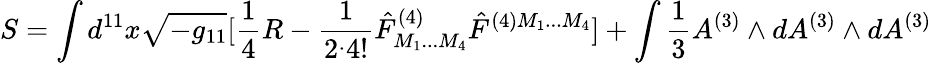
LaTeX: S=\int d^{11}x\sqrt{-g_{11}}[{\frac{1}{4}}R-{\frac{1}{2^{.}4!}}\hat{F}_{M_{1}...M_{4}}^{(4)}\hat{F}^{(4)M_{1}...M_{4}}]+\int{\frac{1}{3}}A^{(3)}\wedge dA^{(3)}\wedge dA^{(3)}